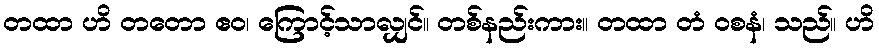
တထာ ဟိ တတော ဧဝ၊ ကြောင့်သာလျှင်။ တစ်နည်းကား။ တထာ တံ ဝစနံ၊ သည်။ ဟိ